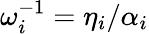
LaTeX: \omega_{i}^{-1}=\eta_{i}/\alpha_{i}